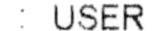
: USER